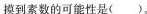
摸到素数的可能性是( )。